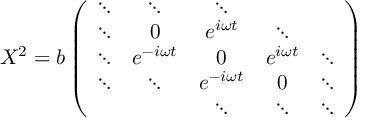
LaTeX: X ^ { 2 } = b \left( \begin{array} { c c c c c } { { \ddots } } & { { \ddots } } & { { \ddots } } & { { } } & { { } } \\ { { \ddots } } & { { 0 } } & { { e ^ { i \omega t } } } & { { \ddots } } & { { } } \\ { { \ddots } } & { { e ^ { - i \omega t } } } & { { 0 } } & { { e ^ { i \omega t } } } & { { \ddots } } \\ { { \ddots } } & { { \ddots } } & { { e ^ { - i \omega t } } } & { { 0 } } & { { \ddots } } \\ { { } } & { { } } & { { \ddots } } & { { \ddots } } & { { \ddots } } \end{array} \right)